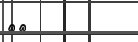
٢٣